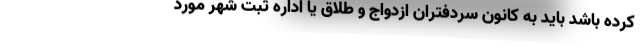
کرده باشد باید به کانون سردفتران ازدواج و طلاق یا اداره ثبت شهر مورد